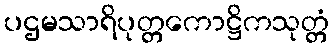
ပဌမသာရိပုတ္တကောဋ္ဌိကသုတ္တံ